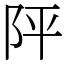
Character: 𨸶